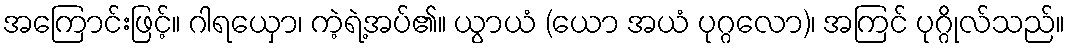
အကြောင်းဖြင့်။ ဂါရယှော၊ ကဲ့ရဲ့အပ်၏။ ယွာယံ (ယော အယံ ပုဂ္ဂလော)၊ အကြင် ပုဂ္ဂိုလ်သည်။